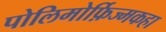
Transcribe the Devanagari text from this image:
पोलिमोर्फ़िज्मकहा